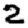
Digit: 2